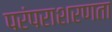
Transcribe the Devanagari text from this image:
परंपराशरणता